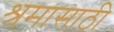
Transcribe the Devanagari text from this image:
श्रमासाठी